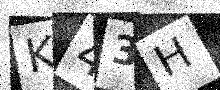
Text: K43H